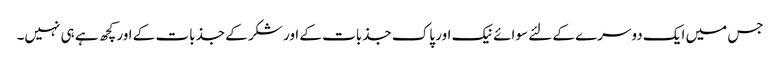
جس میں ایک دوسرے کے لئے سوائے نیک اور پاک جذبات کے اور شکر کے جذبات کے اور کچھ ہے ہی نہیں۔